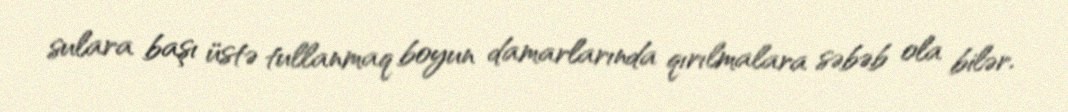
sulara başı üstə tullanmaq boyun damarlarında qırılmalara səbəb ola bilər.